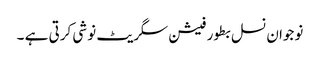
نوجوان نسل بطور فیشن سگریٹ نوشی کرتی ہے ۔